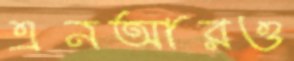
এনআরও